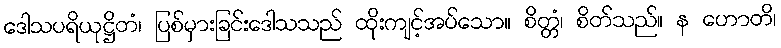
ဒေါသပရိယုဋ္ဌိတံ၊ ပြစ်မှားခြင်းဒေါသသည် ထိုးကျင့်အပ်သော။ စိတ္တံ၊ စိတ်သည်။ န ဟောတိ၊